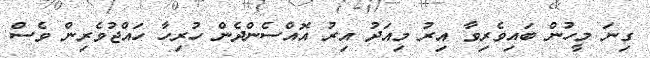
ގިނަ މީހުން ބައިވެރިވާ އިރު މިއަދު އިރު އޮއްސެންދެން ހުރިހާ ހައްޖުވެރިން ވެސް